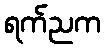
ရက်ညက